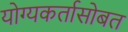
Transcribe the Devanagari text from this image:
योग्यकर्तासोबत